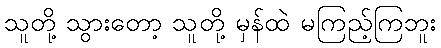
သူတို့ သွားတော့ သူတို့ မှန်ထဲ မကြည့်ကြဘူး